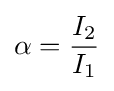
\alpha ={\frac {I_{2}}{I_{1}}}